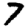
Digit: 7